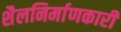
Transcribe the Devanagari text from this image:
शैलनिर्माणकारी